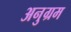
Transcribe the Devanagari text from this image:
अनुग्रम